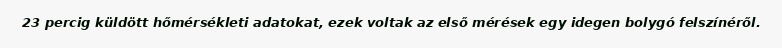
23 percig küldött hőmérsékleti adatokat, ezek voltak az első mérések egy idegen bolygó felszínéről.